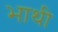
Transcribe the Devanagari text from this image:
भाथी